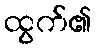
ထွက်၏